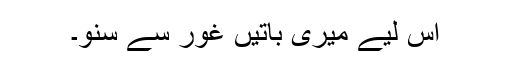
اس لیے میری باتیں غور سے سنو۔